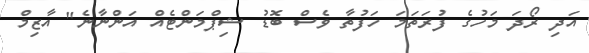
އަދި ރޯދަ މަހުގެ ފުރަތަމަ ހަފުތާ ވެސް ބޮޑު ޝިޕްމަންޓެއް އަންނާނެ" އާޒިމް